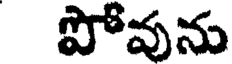
పోవును